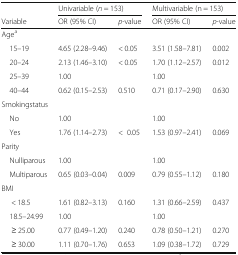
<table><thead><tr><td></td><td colspan="2"><b>Univariable (<i>n</i> = 153)</b></td><td colspan="2"><b>Multivariable (n = 153)</b></td></tr><tr><td><b>Variable</b></td><td><b>OR (95% CI)</b></td><td><b><i>p</i>-value</b></td><td><b>OR (95% CI)</b></td><td><b><i>p</i>-value</b></td></tr></thead><tbody><tr><td colspan="5">Age<sup>a</sup></td></tr><tr><td> 15–19</td><td>4.65 (2.28–9.46)</td><td>&lt; 0.05</td><td>3.51 (1.58–7.81)</td><td>0.002</td></tr><tr><td> 20–24</td><td>2.13 (1.46–3.10)</td><td>&lt; 0.05</td><td>1.70 (1.12–2.57)</td><td>0.012</td></tr><tr><td> 25–39</td><td>1.00</td><td></td><td>1.00</td><td></td></tr><tr><td> 40–44</td><td>0.62 (0.15–2.53)</td><td>0.510</td><td>0.71 (0.17–2.90)</td><td>0.630</td></tr><tr><td colspan="5">Smokingstatus</td></tr><tr><td> No</td><td>1.00</td><td></td><td>1.00</td><td></td></tr><tr><td> Yes</td><td>1.76 (1.14–2.73)</td><td>&lt;0.05</td><td>1.53 (0.97–2.41)</td><td>0.069</td></tr><tr><td colspan="5">Parity</td></tr><tr><td> Nulliparous</td><td>1.00</td><td></td><td>1.00</td><td></td></tr><tr><td> Multiparous</td><td>0.65 (0.03–0.04)</td><td>0.009</td><td>0.79 (0.55–1.12)</td><td>0.180</td></tr><tr><td colspan="5">BMI</td></tr><tr><td>&lt; 18.5</td><td>1.61 (0.82–3.13)</td><td>0.160</td><td>1.31 (0.66–2.59)</td><td>0.437</td></tr><tr><td> 18.5–24.99</td><td>1.00</td><td></td><td>1.00</td><td></td></tr><tr><td>≥ 25.00</td><td>0.77 (0.49–1.20)</td><td>0.240</td><td>0.78 (0.50–1.21)</td><td>0.270</td></tr><tr><td>≥ 30.00</td><td>1.11 (0.70–1.76)</td><td>0.653</td><td>1.09 (0.38–1.72)</td><td>0.729</td></tr></tbody></table>